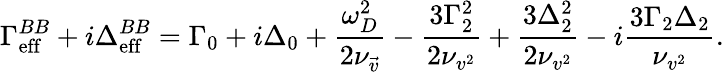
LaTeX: \Gamma_{\mathrm{eff}}^{BB}+i\Delta_{\mathrm{eff}}^{BB}=\Gamma_{0}+i\Delta_{0}+\frac{\omega_{D}^{2}}{2\nu_{\vec{v}}}-\frac{3\Gamma_{2}^{2}}{2\nu_{v^{2}}}+\frac{3\Delta_{2}^{2}}{2\nu_{v^{2}}}-i\frac{3\Gamma_{2}\Delta_{2}}{\nu_{v^{2}}}.